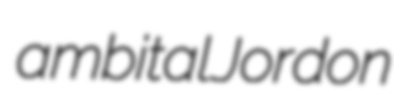
ambital Jordon